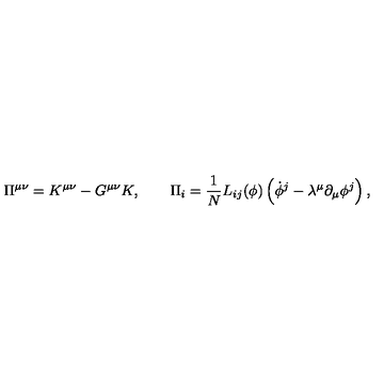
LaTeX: \Pi ^ { \mu \nu } = K ^ { \mu \nu } - G ^ { \mu \nu } K , \qquad \Pi _ { i } = { \frac { 1 } { N } } L _ { i j } ( \phi ) \left( \dot { \phi } ^ { j } - \lambda ^ { \mu } \partial _ { \mu } \phi ^ { j } \right) ,